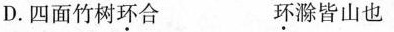
D.四面竹树\underset{·}{环}合 \underset{·}{环}滁皆山也